system: You are a helpful assistant.
user:
Analyze the provided spectrum to determine if it is a **M-type Giant (gM)**.

A M-type Giant spectrum is defined by its **strong molecular absorption** features, particularly from **Titanium Oxide (TiO)**. You must check for one of the following mutually exclusive signatures:

- **Key Visual Indicators (Absorption-Dominated Spectrum):**

    - **(Primary):** The spectrum is dominated by strong molecular absorption from **Titanium Oxide (TiO)**. This is the **defining feature** of its M-type temperature class.
        - **(Key Bandheads):** Look for sharp, "saw-tooth" absorption valleys. The strongest are located near **~7050 Å**, **~6160 Å**, and **~5170 Å**.
        - **(Line Profile):** The "saw-tooth" morphology is critical: a **sharp, steep drop on the BLUE (short-wavelength) side** of the bandhead, followed by a gradual recovery (rising flux) towards the RED (long-wavelength) side.

    - **(Key Confirmation - Giant vs. Dwarf):** **ABSENCE** of strong **Calcium Hydride (CaH)** molecular bands. This is the primary diagnostic for *excluding* M-dwarfs.
        - **(Key Region):** The spectrum should lack the strong, broad absorption band seen in dwarfs between **~6800 Å and ~7000 Å**.

    - **(Secondary Confirmation - Giant):** A very strong and broad **Neutral Calcium (Ca I)** atomic absorption line.
        - **(Key Line):** Located at **~4226 Å**. In a giant (gM), this line is significantly deeper and broader than the same line in an M-dwarf (dM) due to low surface gravity.

    - **(Overall Spectrum):**
        - The continuum is **extremely red-sloping** (i.e., flux is very low in the blue and rises dramatically towards the red).
        - The entire spectrum appears "chopped up" by the deep TiO bands.

Think first, call **spectral_visualization_tool** if needed to examine features in detail, then provide your final answer. Your response must adhere to the following strict rules:
1.  **Overall Structure:** Your response must follow the format `<think>...</think> <tool_call>...</tool_call> (if a tool is used) <answer>...</answer>`.
2.  **Tool Usage Constraint:** You may only make **one** tool call per turn.
3.  **Final Answer Format:** In the `<answer>` tag, your conclusion must be inside a `\boxed{}` command (e.g., `\boxed{YES}` or `\boxed{NO}`), followed by your justification.

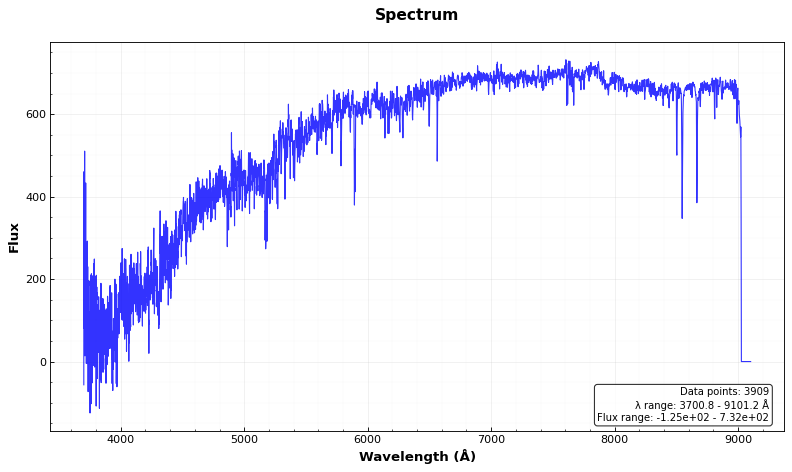
Answer: NO